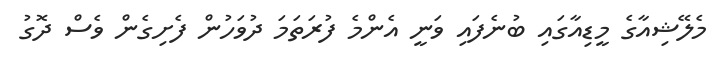
މެލޭޝިއާގެ މީޑިއާގައި ބުނެފައި ވަނީ އެންމެ ފުރަތަމަ ދުވަހުން ފެށިގެން ވެސް ދޮގު